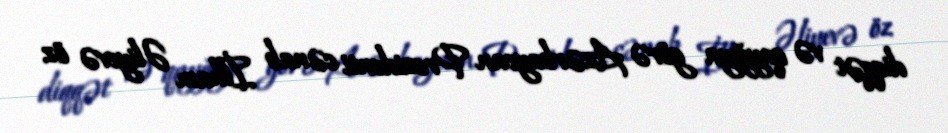
diqqət və qayğıya görə Azərbaycan Prezidenti cənab İlham Əliyevə öz